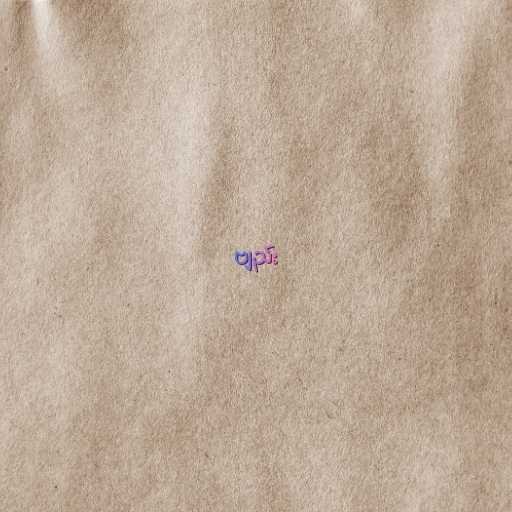
ဗျည်း